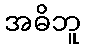
အဓိဘူ